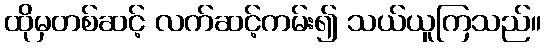
ထိုမှတစ်ဆင့် လက်ဆင့်ကမ်း၍ သယ်ယူကြသည်။